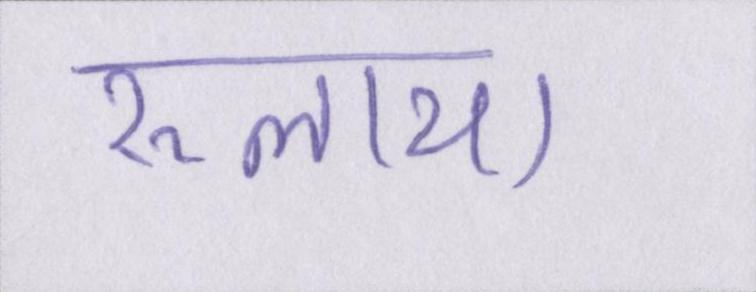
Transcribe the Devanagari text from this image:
रुलाया